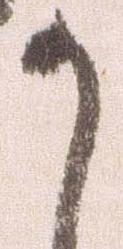
か